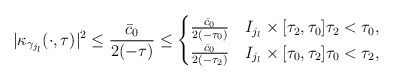
\begin{align*} |\kappa_{\gamma_{j_l}}(\cdot,\tau)|^2\leq \frac{\bar c_0}{2 (-\tau)}\leq\begin{cases} \frac{\bar c_0}{2 (-\tau_0)} & I_{j_l}\times [\tau_2,\tau_0] \tau_2<\tau_0,\\ \frac{\bar c_0}{2 (-\tau_2)} & I_{j_l}\times [\tau_0,\tau_2] \tau_0<\tau_2,\\ \end{cases} \end{align*}